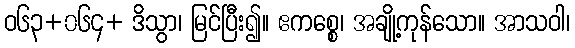
ဝ၆၃+၀၆၄+ ဒိသွာ၊ မြင်ပြီး၍။ ဧကစ္စေ၊ အချို့ကုန်သော။ အာသဝါ၊